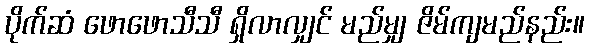
ပိုက်ဆံ ဖောဖောသီသီ ရှိလာလျှင် မည်မျှ ဇိမ်ကျမည်နည်း။